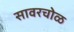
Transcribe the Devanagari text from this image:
सावरचोळ